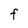
Character: F